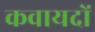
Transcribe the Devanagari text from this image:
कवायदों